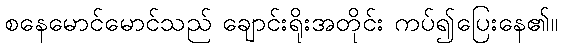
စနေမောင်မောင်သည် ချောင်းရိုးအတိုင်း ကပ်၍ပြေးနေ၏။